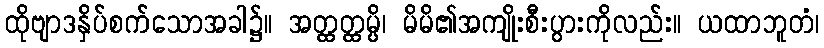
ထိုဗျာဒနှိပ်စက်သောအခါ၌။ အတ္ထတ္ထမ္ပိ၊ မိမိ၏အကျိုးစီးပွားကိုလည်း။ ယထာဘူတံ၊